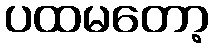
ပထမတော့